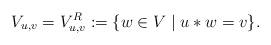
LaTeX: \begin{align*}V_{u,v} = V^R_{u,v} := \{ w \in V \mid u * w = v \}. \end{align*}